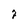
Character: 7